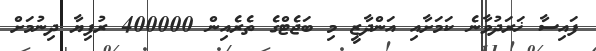
ފައިސާ ޚަރަދުވާނެ ކަމަށާއި އަންދާޒީ މި ބަޖެޓްގެ ތެރެއިން 400000 ރުފިޔާ ދިނުމަށް